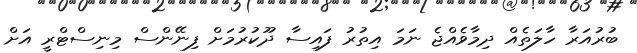
ބުރުއަރާ ހާލަތެއް ދިމާވެއްޖެ ނަމަ އިތުރު ފައިސާ ދޫކުރުމަށް ފިނޭންސް މިިނިސްޓްރީ އަށް